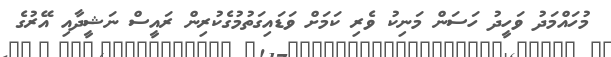
މުހައްމަދު ވަހީދު ހަސަން މަނިކު ވެރި ކަމަށް ވަޑައިގަތުމުގެކުރިން ރައީސް ނަޝީދާއި އޭރުގެ